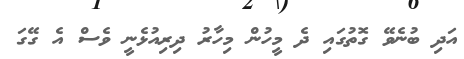
އަދި ބުނެވޭ ގޮތުގައި ދެ މީހުން މިހާރު ދިރިއުޅެނީ ވެސް އެ ގޭގަ